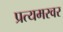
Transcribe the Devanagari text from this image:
प्रत्यमरवर